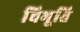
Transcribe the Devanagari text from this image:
बिभूति